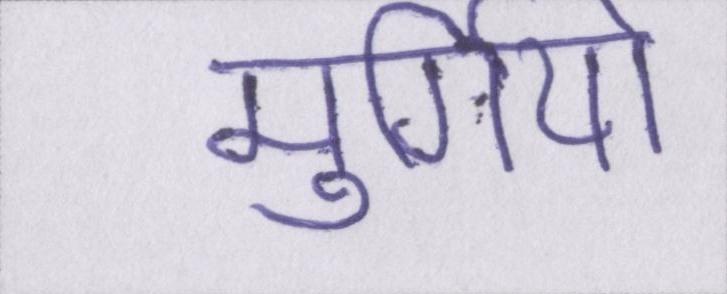
मुर्गियों